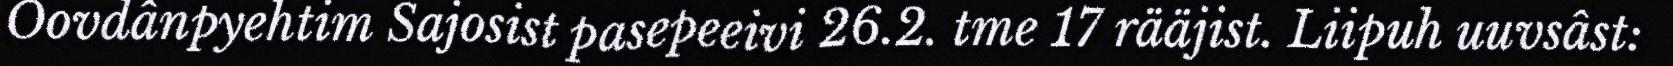
Oovdânpyehtim Sajosist pasepeeivi 26.2. tme 17 rääjist. Liipuh uuvsâst: